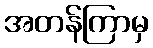
အတန်ကြာမှ